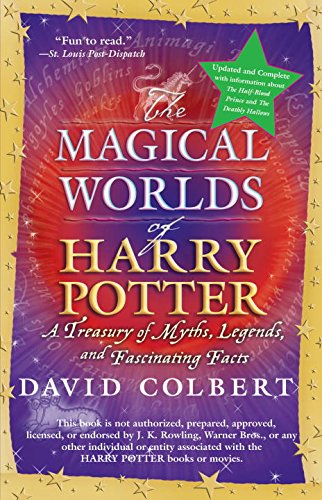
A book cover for The Magical Worlds of Harry Potter (revised edition); David Colbert; Science Fiction & Fantasy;